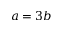
a = 3 b